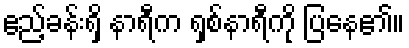
ဧည့်ခန်းရှိ နာရီက ရှစ်နာရီကို ပြနေ၏။